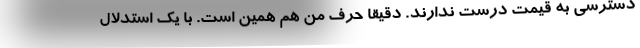
دسترسی به قیمت درست ندارند. دقیقا حرف من هم همین است. با یک استدلال